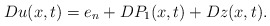
\begin{align*}Du(x,t)= e_n + DP_{1}(x,t) + Dz(x,t).\end{align*}